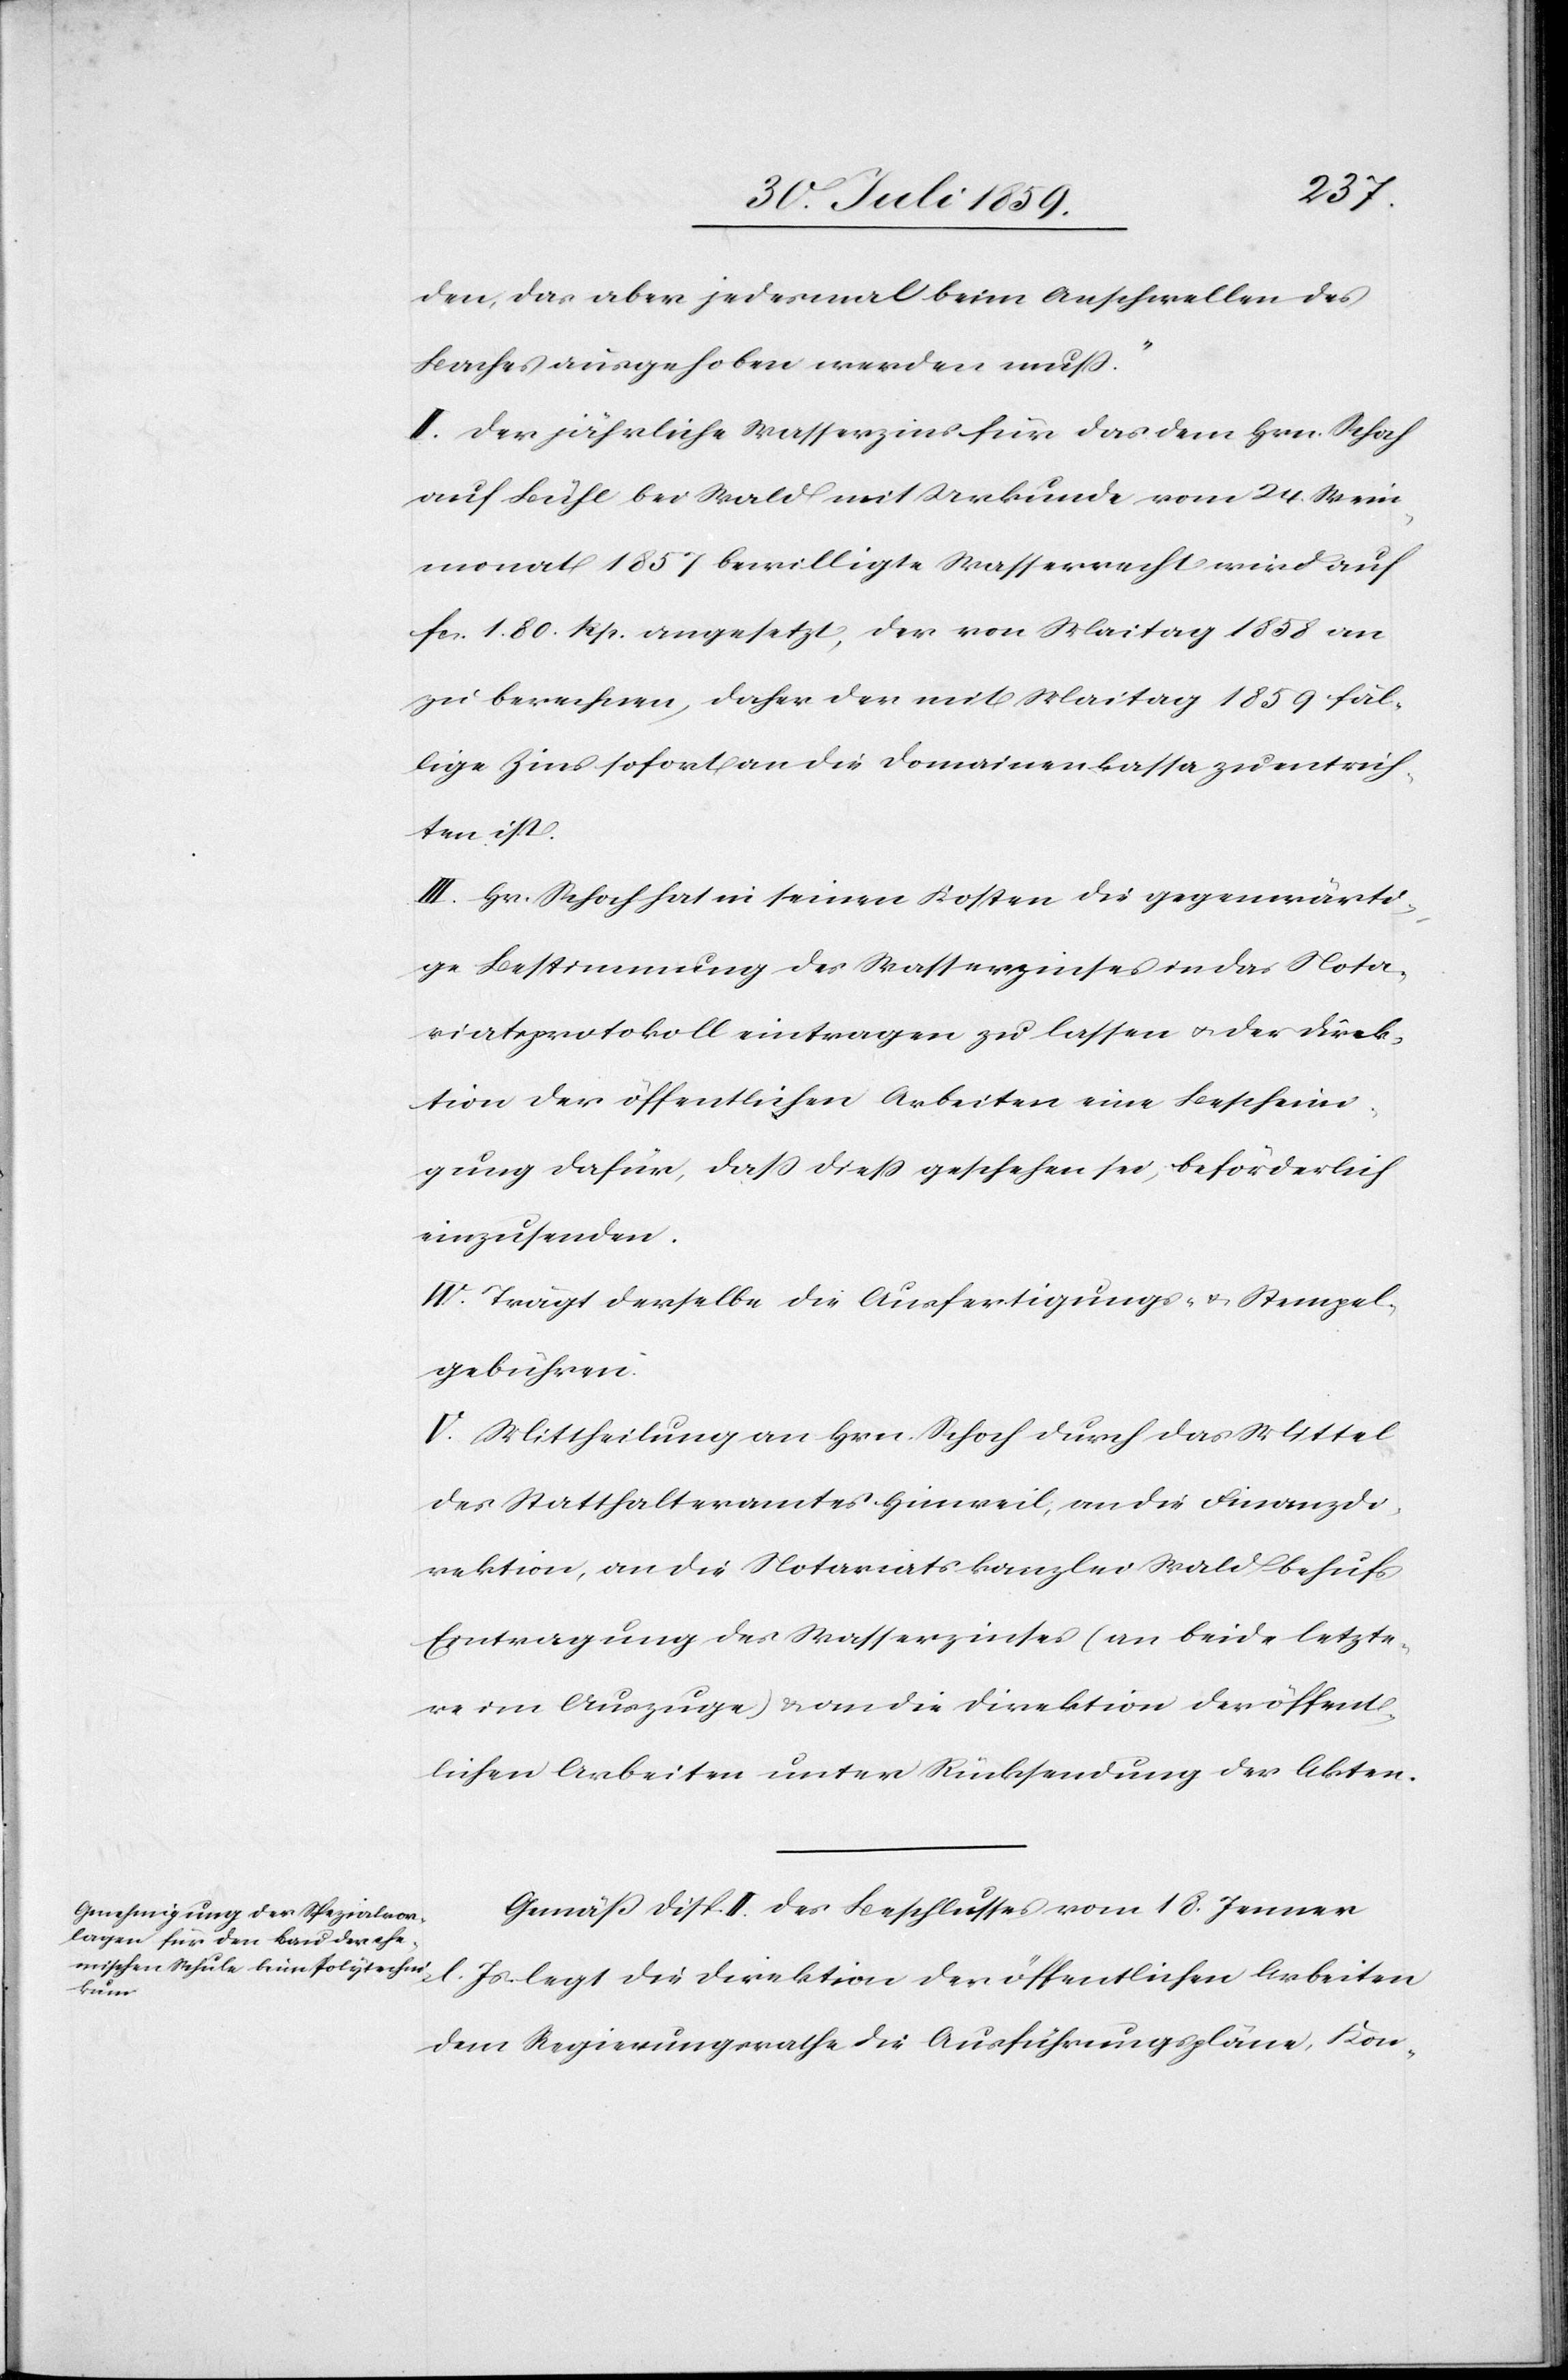
den, das aber jedesmal beim Aufschwellen des
Baches ausgehoben werden muß“.
II. Der jährliche Wasserzins für das dem Hrn. Schoch
auf Bühl bei Wald mit Urkunde vom 24. Wein¬
monat 1857 bewilligte Wasserrecht wird auf
fcs. 1.80. Rp. angesetzt, der von Maitag 1858 an
zu berechnen, daher der mit Maitag 1859 fäl¬
lige Zins sofort an die Domainenkassa zu entrich¬
ten ist.
III. Hr. Schoch hat in seinen Kosten die gegenwärti¬
ge Bestimmung des Wasserzinses in das Nota¬
riatsprotokoll eintragen zu lassen u. der Direk¬
tion der öffentlichen Arbeiten eine Bescheini¬
gung dafür, daß dieß geschehen sei, beförderlich
einzusenden.
IV. Trägt derselbe die Ausfertigungs- u. Stempel¬
gebühren.
V. Mittheilung an Hrn. Schoch durch das Mittel
des Statthalteramtes Hinweil, an die Finanzd¬
irektion, an die Notariatskanzlei Wald behufs
Eintragung des Wasserzinses (an beide letzte¬
re im Auszuge) u. an die Direktion der öffent¬
lichen Arbeiten unter Rücksendung der Akten.
Gemäß Disp. II. des Beschlusses vom 18. Jenner
d. Js. legt die Direktion der öffentlichen Arbeiten
dem Regierungsrathe die Ausführungspläne, Kon-